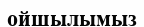
ойшылымыз